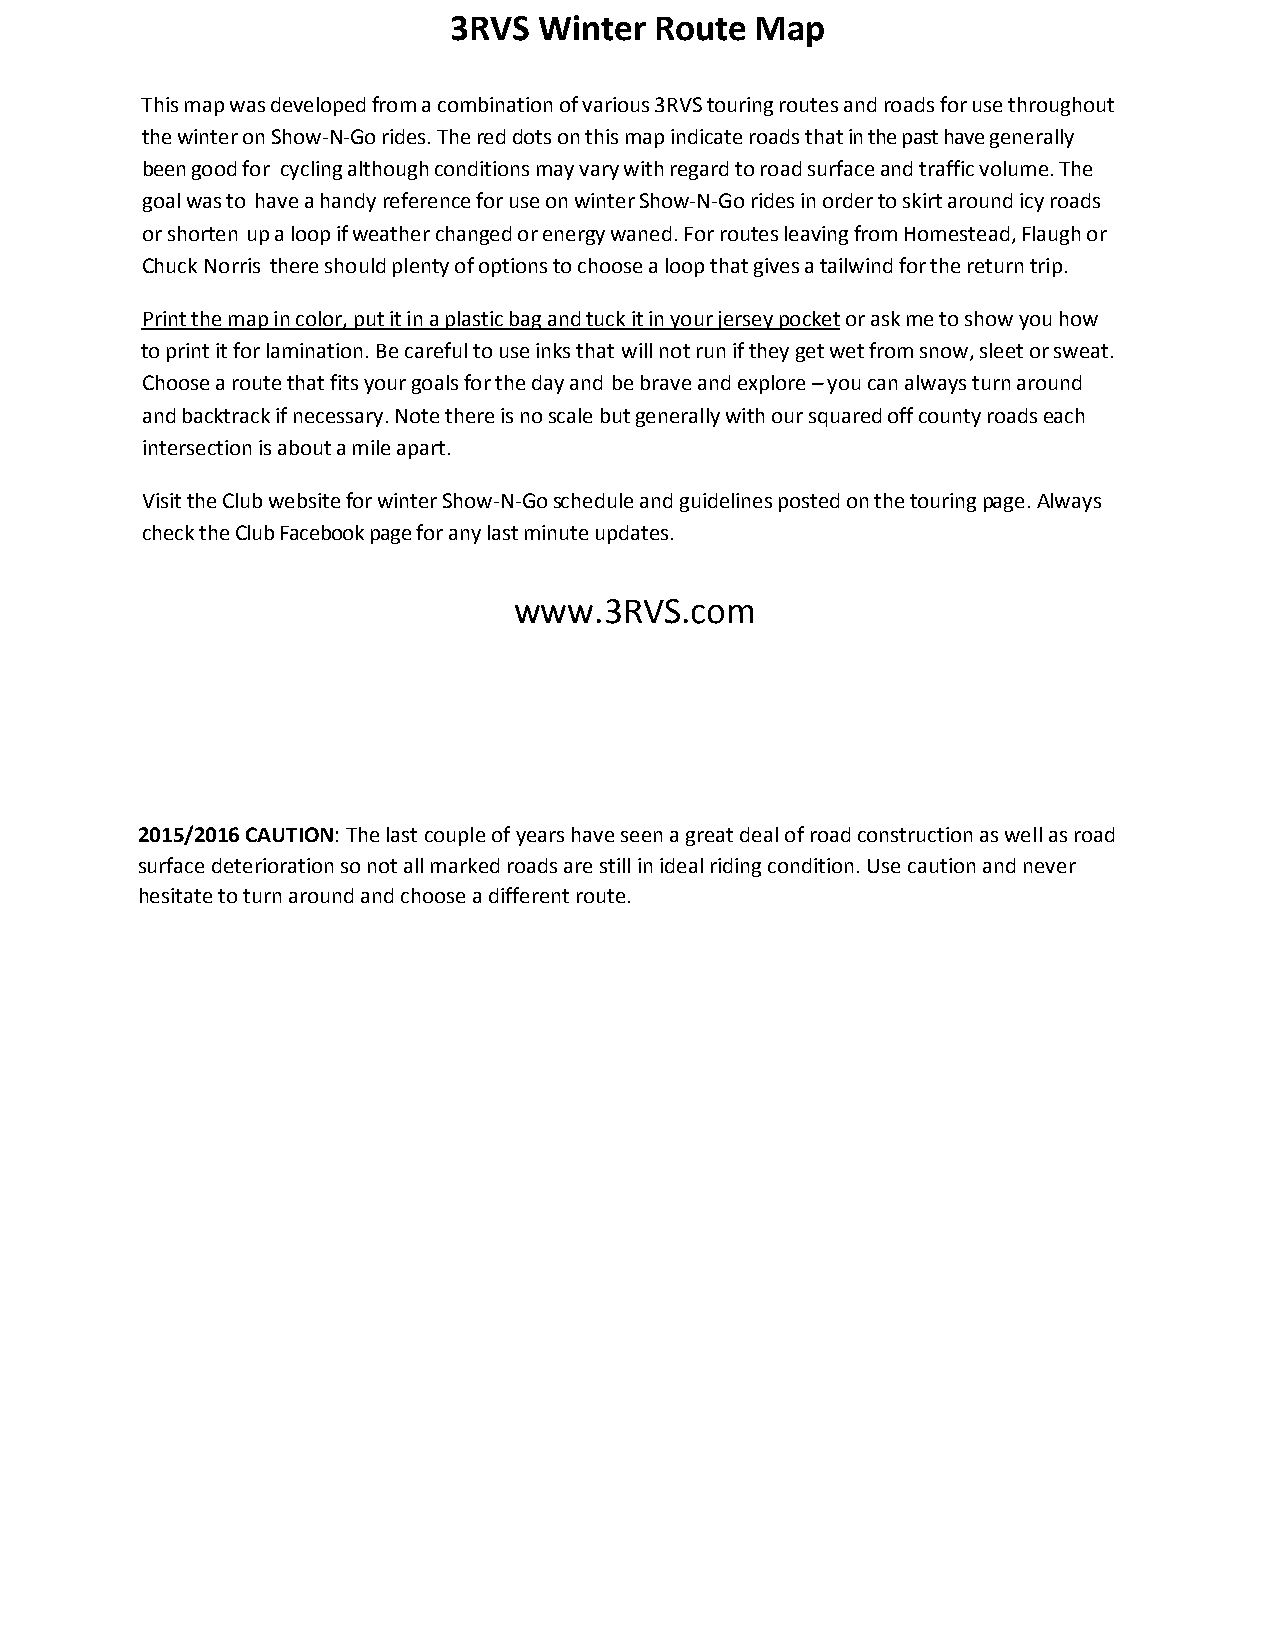
3RVS  Winter Route  Map
 This map was developed from a combination of various 3RVS touring routes and roads for use throughout
 the winter on Show‐N‐Go rides. The red dots on this map indicate roads that in the past have generally
 been good for cycling although conditions may vary with regard to road surface and traffic volume. The
 goal was to have a handy reference for use on winter Show‐N‐Go rides in order to skirt around icy roads
 or shorten up a loop if weather changed or energy waned. For routes leaving from Homestead, Flaugh or
 Chuck Norris there should plenty of options to choose a loop that gives a tailwind for the return trip.
 Print the map in color, put it in a plastic bag and tuck it in your jersey pocket or ask me to show you how
 to print it for lamination. Be careful to use inks that will not run if they get wet from snow, sleet or sweat.
 Choose a route that fits your goals for the day and be brave and explore – you can always turn around
 and backtrack if necessary. Note there is no scale but generally with our squared off county roads each
 intersection is about a mile apart.
 Visit the Club website for winter Show‐N‐Go schedule and guidelines posted on the touring page. Always
 check the Club Facebook page for any last minute updates.
 www.3RVS.com
 2015/2016 CAUTION: The last couple of years have seen a great deal of road construction as well as road
 surface deterioration so not all marked roads are still in ideal riding condition. Use caution and never
 hesitate to turn around and choose a different route.